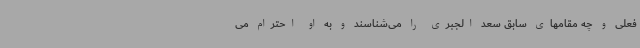
فعلی و چه مقامهای سابق سعد الجبری را می‌شناسند و به او احترام می‌